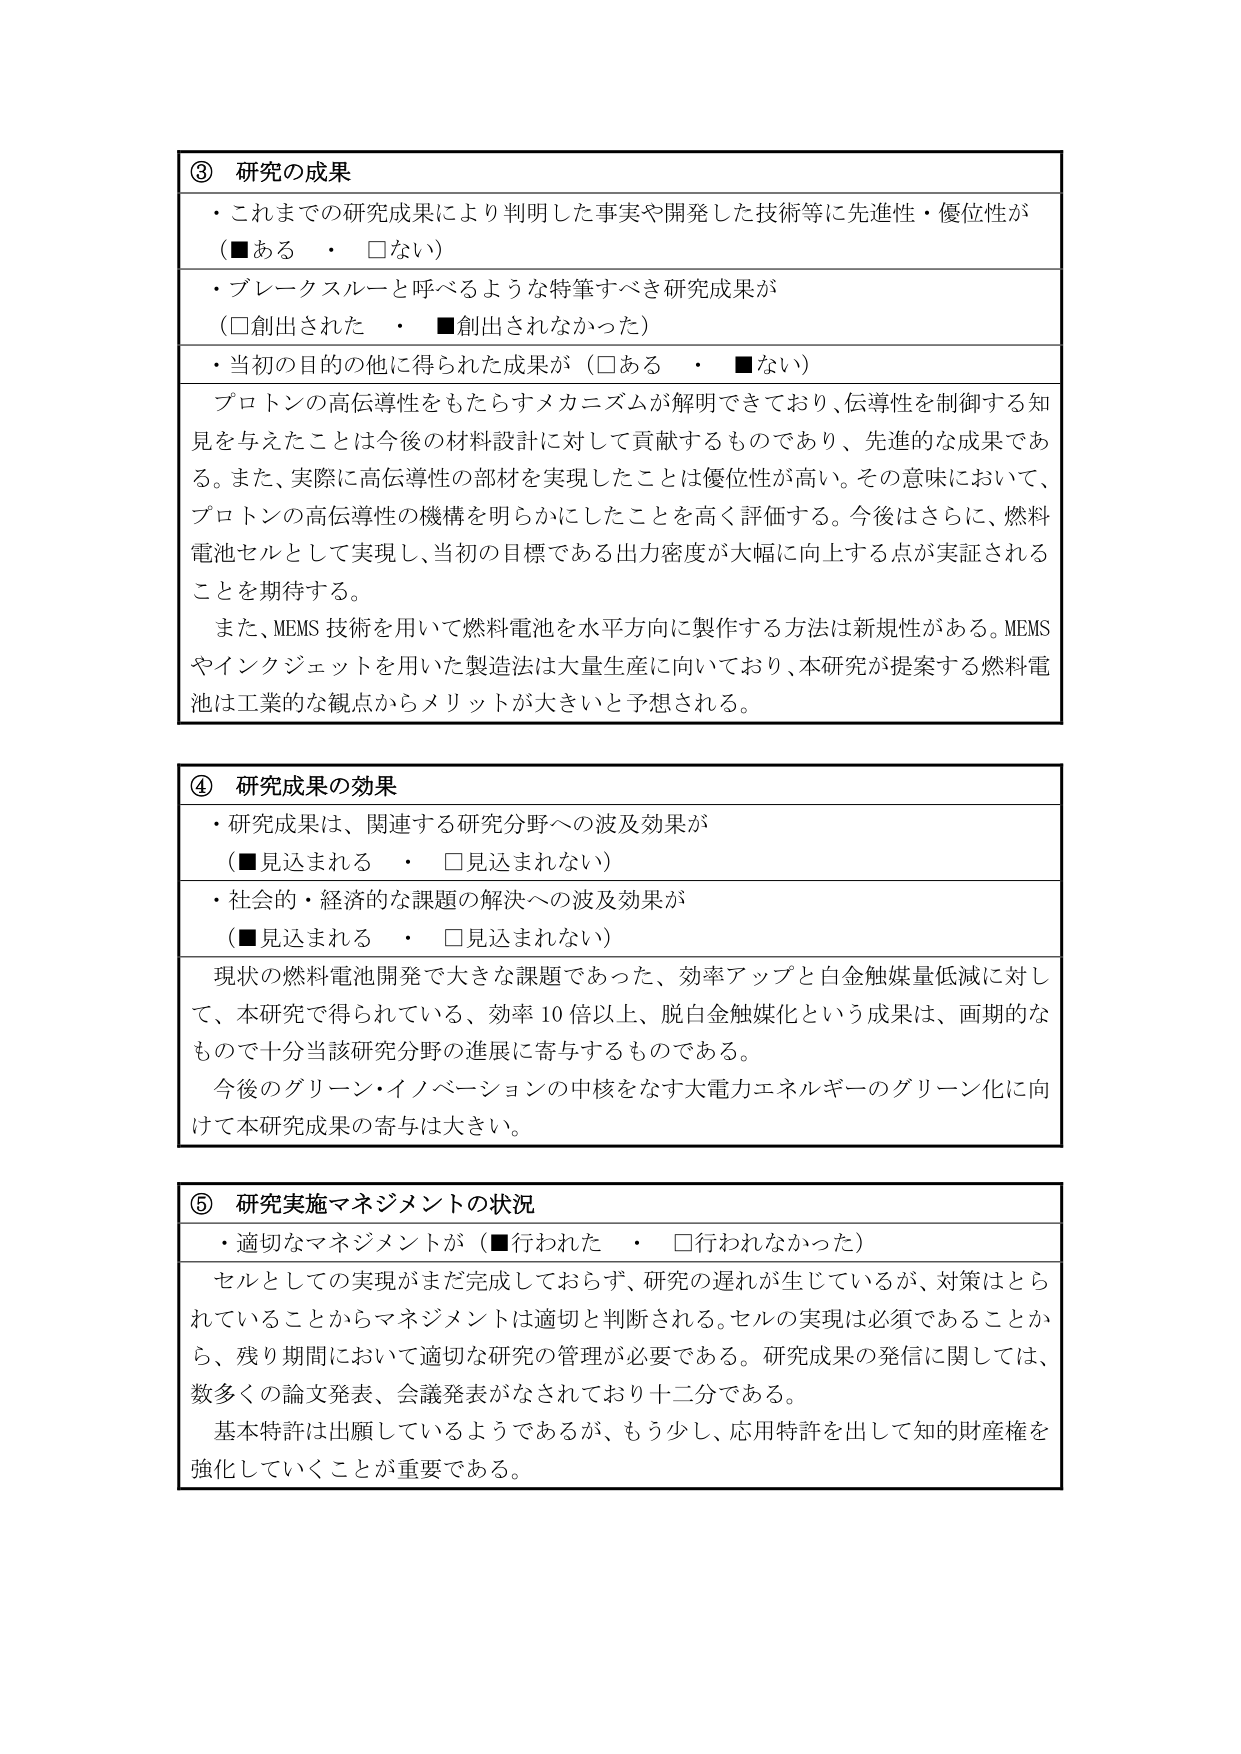
③ 研究の成果
・これまでの研究成果により判明した事実や開発した技術等に先進性・優位性が（■ある　・　□ない）
・ブレークスルーと呼べるような特筆すべき研究成果が（□創出された　・　■創出されなかった）
・当初の目的の他に得られた成果が（□ある　・　■ない）
　プロトンの高伝導性をもたらすメカニズムが解明できており、伝導性を制御する知見を与えたことは今後の材料設計に対して貢献するものであり、先進的な成果である。また、実際に高伝導性の部材を実現したことは優位性が高い。その意味において、プロトンの高伝導性の機構を明らかにしたことを高く評価する。今後はさらに、燃料電池セルとして実現し、当初の目標である出力密度が大幅に向上する点が実証されることを期待する。
　また、MEMS技術を用いて燃料電池を水平方向に製作する方法は新規性がある。MEMSやインクジェットを用いた製造法は大量生産に向いており、本研究が提案する燃料電池は工業的な観点からメリットが大きいと予想される。

④ 研究成果の効果
・研究成果は、関連する研究分野への波及効果が（■見込まれる　・　□見込まれない）
・社会的・経済的な課題の解決への波及効果が（■見込まれる　・　□見込まれない）
　現状の燃料電池開発で大きな課題であった、効率アップと白金触媒量低減に対して、本研究で得られている、効率10倍以上、脱白金触媒化という成果は、画期的なもので十分当該研究分野の進展に寄与するものである。
　今後のグリーン・イノベーションの中核をなす大電力エネルギーのグリーン化に向けて本研究成果の寄与は大きい。

⑤ 研究実施マネジメントの状況
・適切なマネジメントが（■行われた　・　□行われなかった）
　セルとしての実現がまだ完成しておらず、研究の遅れが生じているが、対策はとられていることからマネジメントは適切と判断される。セルの実現は必須であることから、残り期間において適切な研究の管理が必要である。研究成果の発信に関しては、数多くの論文発表、会議発表がなされており十二分である。
　基本特許は出願しているようであるが、もう少し、応用特許を出して知的財産権を強化していくことが重要である。